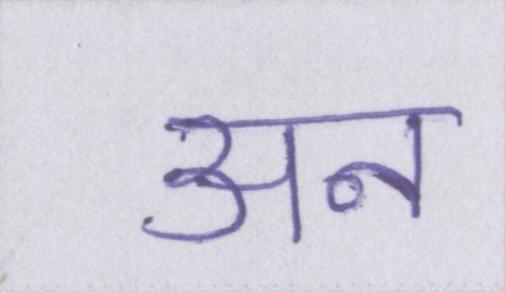
अन